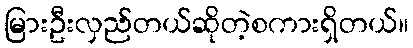
မြားဦးလှည်တယ်ဆိုတဲ့စကားရှိတယ်။